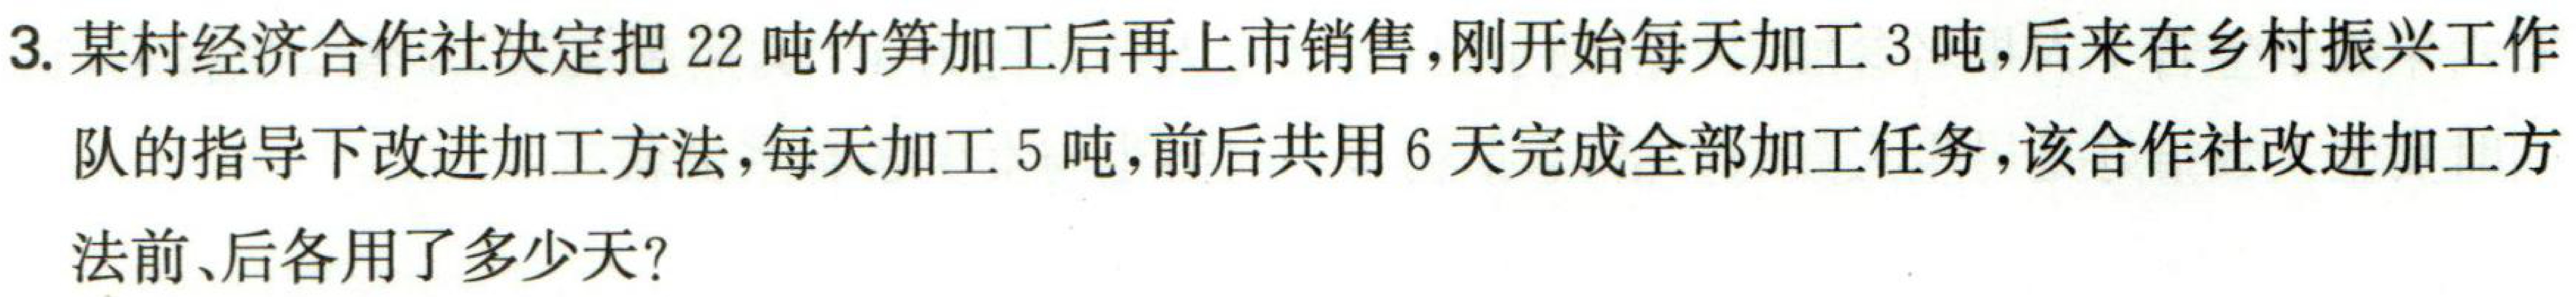
3. 某村经济合作社决定把 \(22\) 吨竹笋加工后再上市销售，刚开始每天加工 \(3\) 吨，后来在乡村振兴工作队的指导下改进加工方法，每天加工 \(5\) 吨，前后共用 \(6\) 天完成全部加工任务，该合作社改进加工方法前、后各用了多少天？